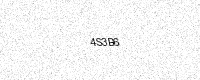
Text: 4S3B6